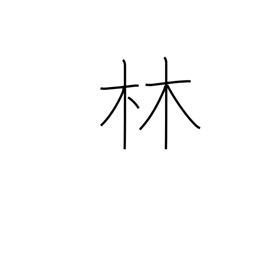
Meaning: forest